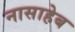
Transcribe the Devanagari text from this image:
नासाहेब